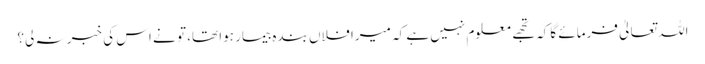
اللہ تعالیٰ فرمائے گا کہ تجھے معلوم نہیں ہے کہ میرا فلاں بندہ بیمار ہوا تھا، تو نے اس کی خبر نہ لی؟